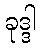
ခုဒ္ဒါ